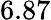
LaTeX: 6.87